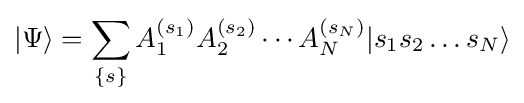
|\Psi \rangle =\sum _{\{s\}}A_{1}^{(s_{1})}A_{2}^{(s_{2})}\cdots A_{N}^{(s_{N})}|s_{1}s_{2}\ldots s_{N}\rangle